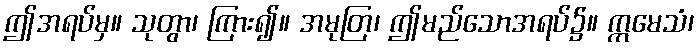
ဤအရပ်မှ။ သုတွာ၊ ကြား၍။ အမုတြ၊ ဤမည်သောအရပ်၌။ ဣမေသံ၊